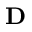
\mathbf { D }